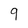
Character: q